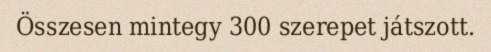
Összesen mintegy 300 szerepet játszott.